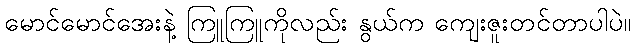
မောင်မောင်အေးနဲ့ ကြူကြူကိုလည်း နွယ်က ကျေးဇူးတင်တာပါပဲ။